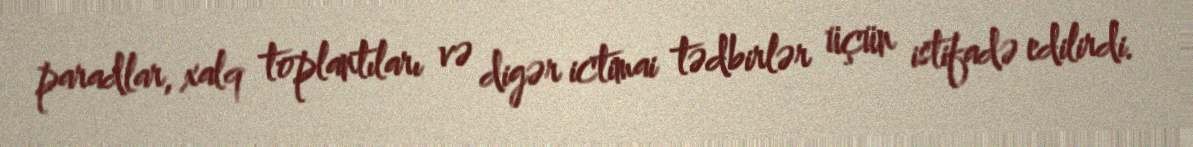
paradlar, xalq toplantıları və digər ictimai tədbirlər üçün istifadə edilirdi.